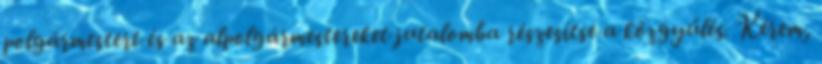
polgármestert és az alpolgármestereket jutalomba részesítse a közgyűlés. Kérem,